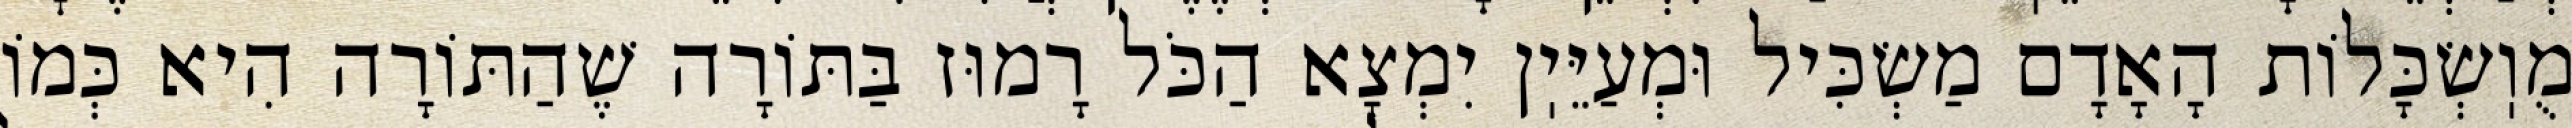
מֻוֽשְׂכָּלוֹת הָאָדָם מַשְׂכִּיל וּמְעַיֵּיֽן יִמְצָא הַכֹּל רָמוּז בַּתּוֹרָה שֶׁהַתּוֹרָה הִיא כְּמוֹ